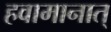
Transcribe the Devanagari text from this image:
हवामानात्